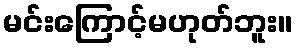
မင်းကြောင့်မဟုတ်ဘူး။